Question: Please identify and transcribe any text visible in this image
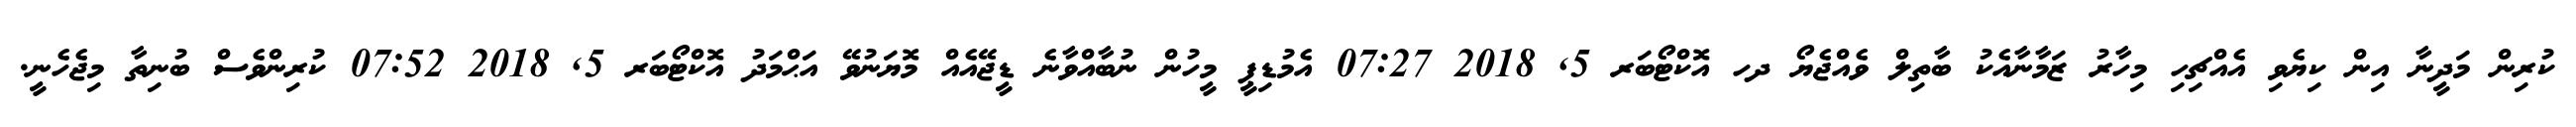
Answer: ކުރިން މަދީނާ އިން ކިޔެވި އެއްޗިހި މިހާރު ޒަމާނާއެކު ބާތިލް ވެއްޖެޔޯ ދހ އޮކްޓޯބަރ 5, 2018 07:27 އެމުޑިޕީ މީހުން ނުބާއްވާނެ ޑީޖޭއެއް މޮޔަނުވޭ އަޙްމަދު އޮކްޓޯބަރ 5, 2018 07:52 ކުރިންވެސް ބުނިތާ މިޖެހެނީ.